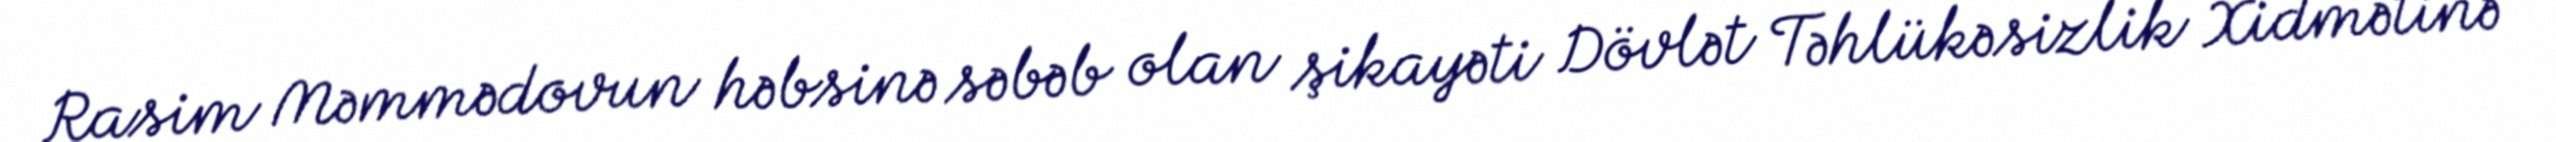
Rasim Məmmədovun həbsinə səbəb olan şikayəti Dövlət Təhlükəsizlik Xidmətinə